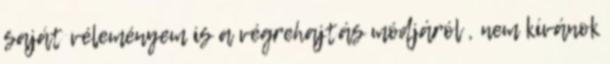
saját véleményem is a végrehajtás módjáról , nem kívánok